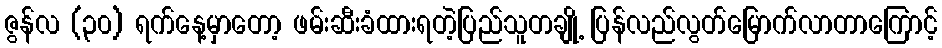
ဇွန်လ (၃၀) ရက်နေ့မှာတော့ ဖမ်းဆီးခံထားရတဲ့ပြည်သူတချို့ ပြန်လည်လွတ်မြောက်လာတာကြောင့်